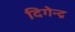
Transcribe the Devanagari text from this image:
दिगेन्द्र